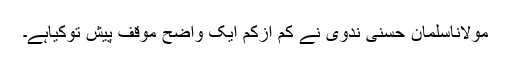
مولاناسلمان حسنی ندوی نے کم ازکم ایک واضح موقف پیش توکیاہے۔